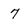
Character: 7